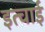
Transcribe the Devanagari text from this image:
इत्चाई